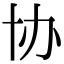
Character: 协